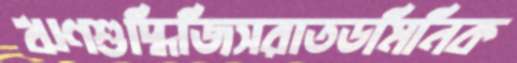
ঋণশুদ্ধিজিসরাতডমিনিক